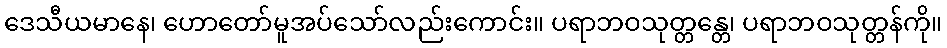
ဒေသီယမာနေ၊ ဟောတော်မူအပ်သော်လည်းကောင်း။ ပရာဘဝသုတ္တန္တေ၊ ပရာဘဝသုတ္တန်ကို။